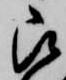
被